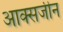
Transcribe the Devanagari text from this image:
आक्सजीन